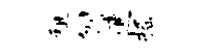
租刎逋摇